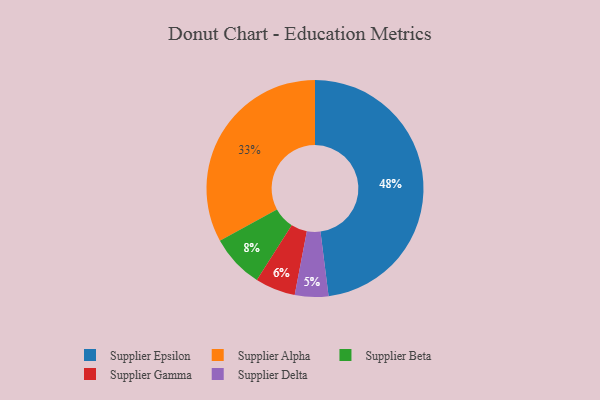
{"axis": {"x": "Category", "y": "Percentage"}, "legend": ["Supplier Alpha", "Supplier Beta", "Supplier Delta", "Supplier Epsilon", "Supplier Gamma"], "data": [{"x": "Supplier Beta", "y": 8, "type": "Supplier Beta"}, {"x": "Supplier Alpha", "y": 33, "type": "Supplier Alpha"}, {"x": "Supplier Delta", "y": 5, "type": "Supplier Delta"}, {"x": "Supplier Gamma", "y": 6, "type": "Supplier Gamma"}, {"x": "Supplier Epsilon", "y": 48, "type": "Supplier Epsilon"}]}